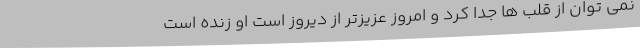
نمی توان از قلب ها جدا کرد و امروز عزیزتر از دیروز است او زنده است